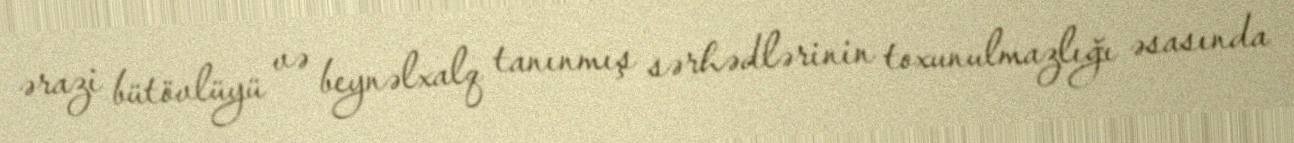
ərazi bütövlüyü və beynəlxalq tanınmış sərhədlərinin toxunulmazlığı əsasında